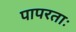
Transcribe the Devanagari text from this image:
पापरताः